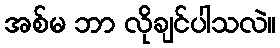
အစ်မ ဘာ လိုချင်ပါသလဲ။